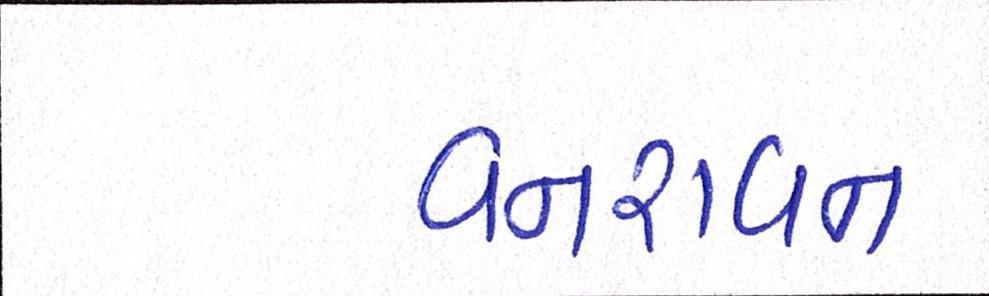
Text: વનરાવન